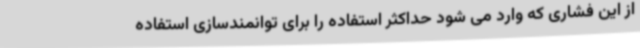
از این فشاری که وارد می شود حداکثر استفاده را برای توانمندسازی استفاده